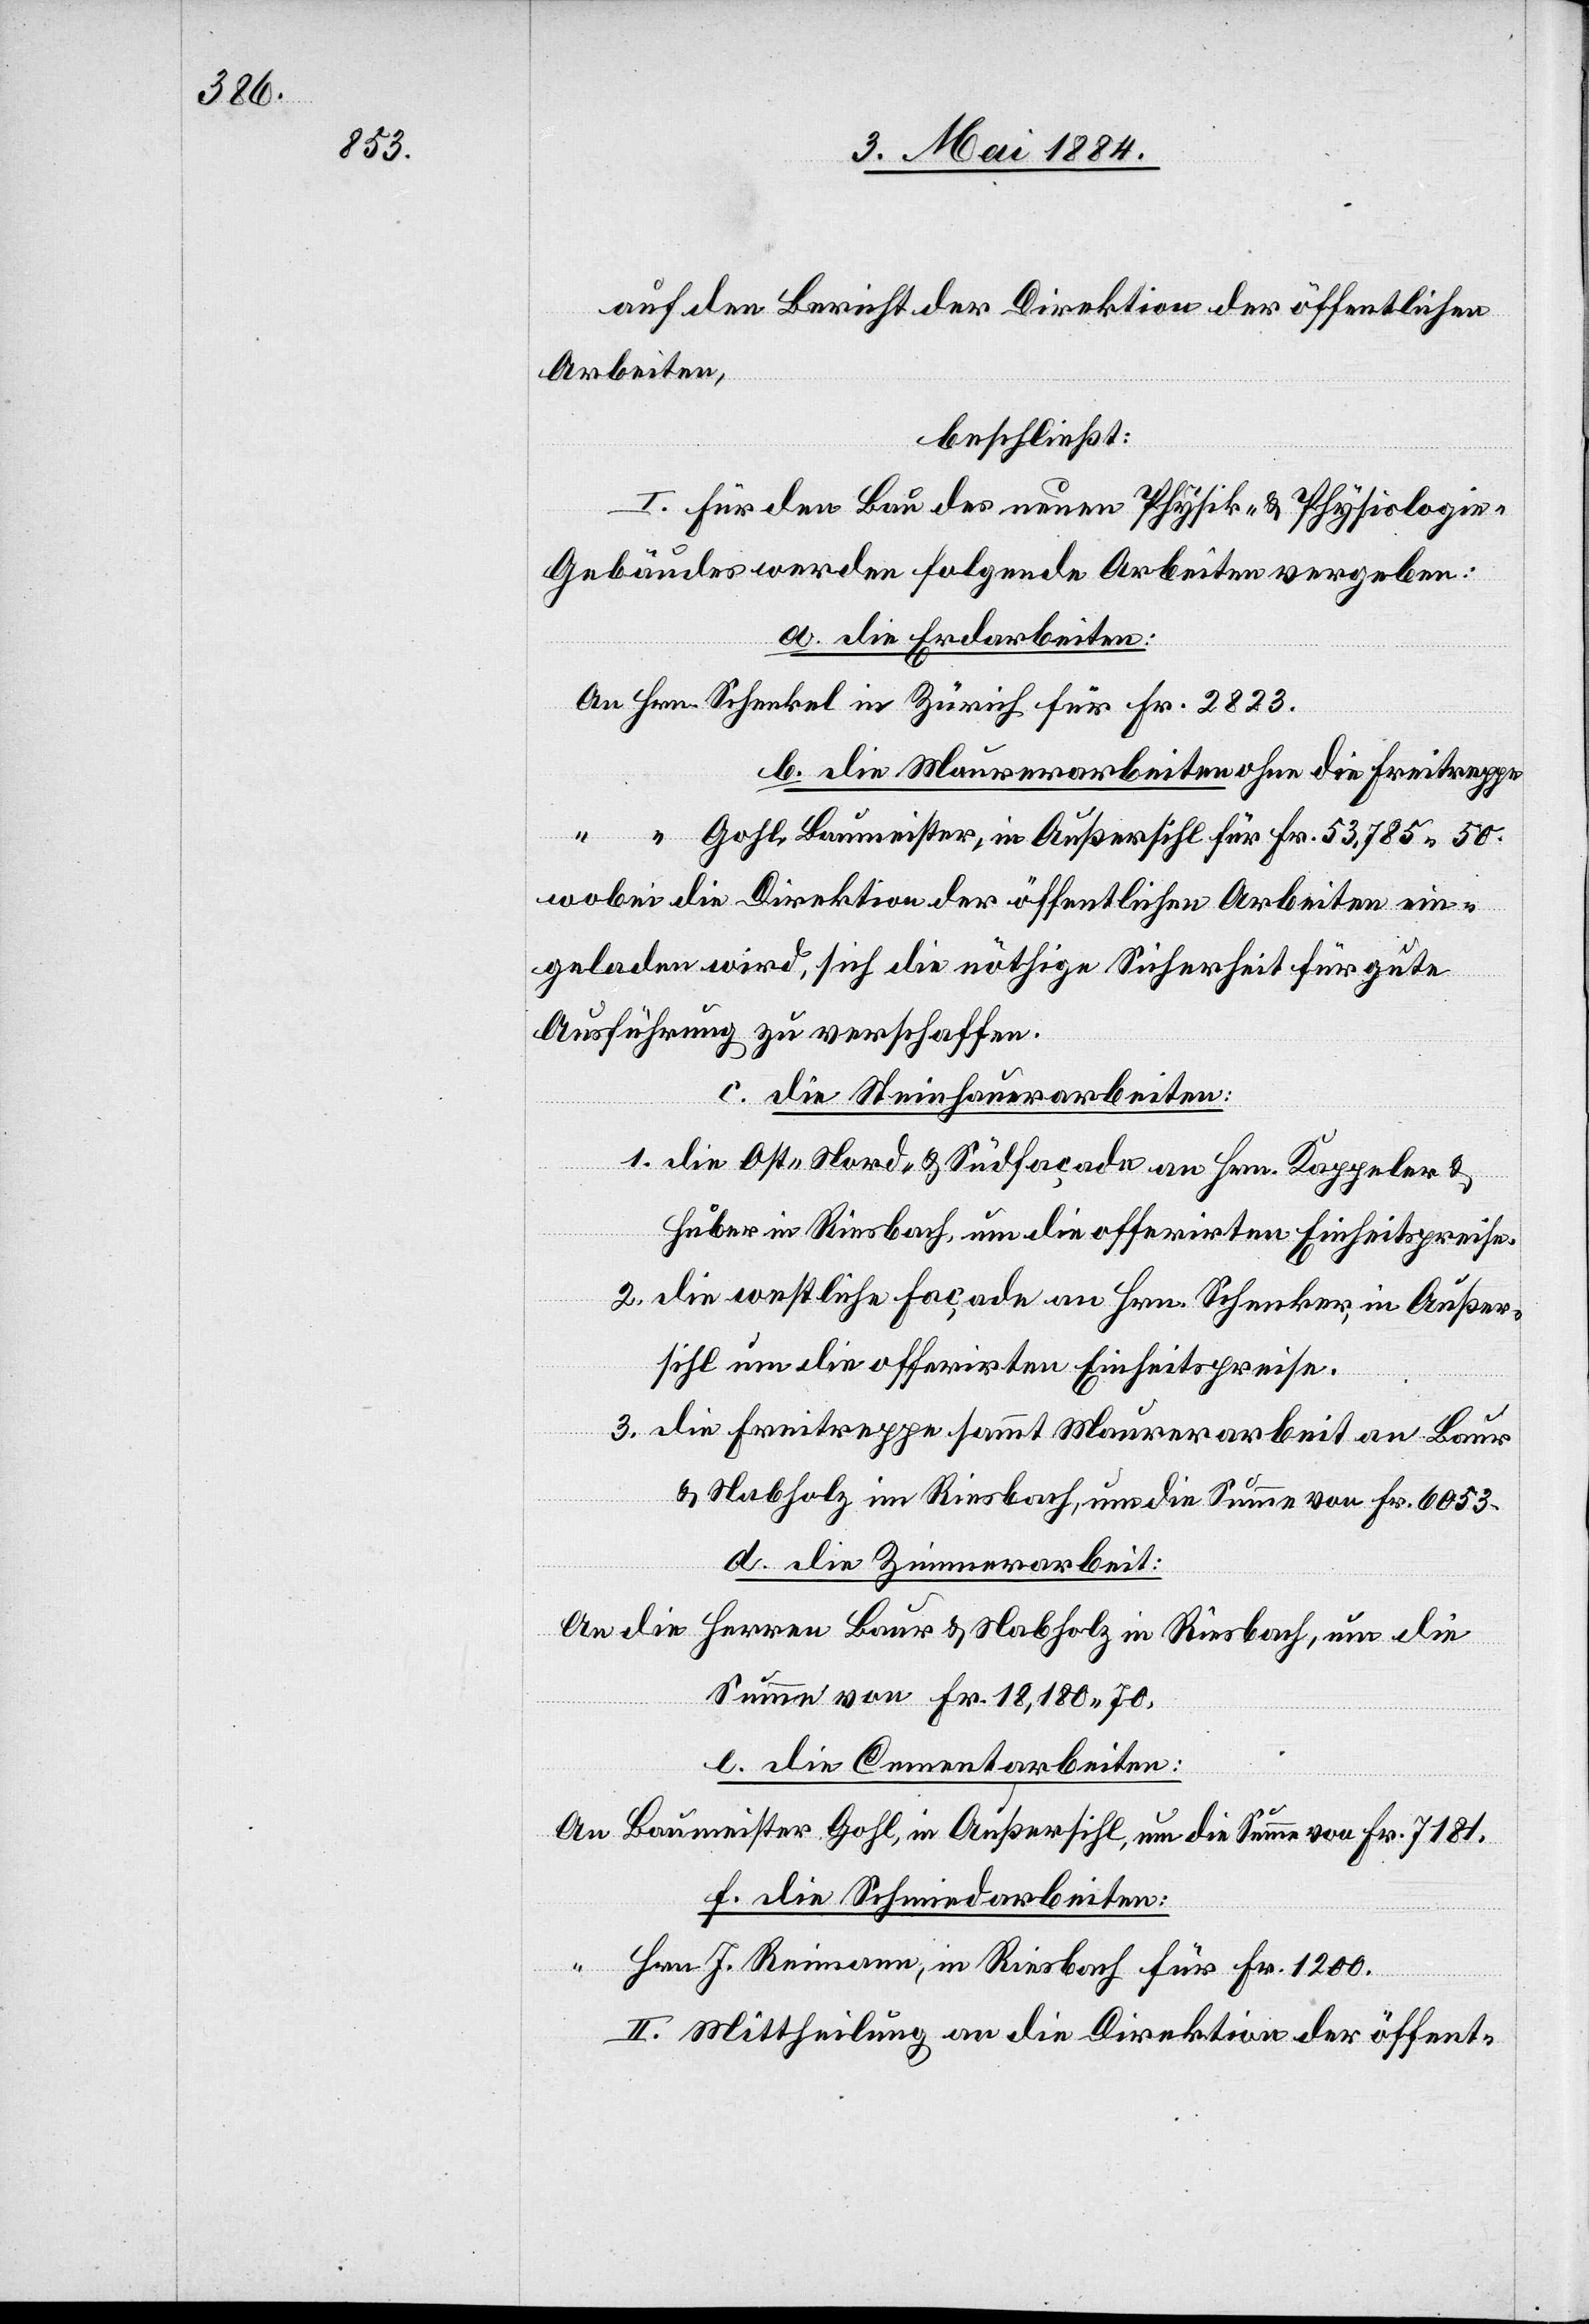
2823.

auf den Bericht der Direktion der öffentlichen
Arbeiten,
beschließt:
I. Für den Bau des neuen Physik- & Physiologi¬
e-Gebäudes werden folgende Arbeiten vergeben:
a. die Erdarbeiten:
b. die Maurerarbeiten ohne die Freitreppe
Gohl, Baumeister, in Außersihl für Fr. 53,785 50.
wobei die Direktion der öffentlichen Arbeiten ein¬
geladen wird, sich die nöthige Sicherheit für gute
Ausführung zu verschaffen.
c. die Steinhauerarbeiten:
Hrn.
1. die Ost- Nord- & Südfaçade an Hrn. Kappeler &
Huber in Riesbach, um die offerirten Einheitspreise.
2. die westliche Façade an Hrn. Schenker, in Außer¬
sihl um die offerirten Einheitspreise.
3. die Freitreppe sammt Maurerarbeit an Baur
& Nabholz in Riesbach, um die Summe von Fr. 6053.
d. die Zimmerarbeit:
An die Herren Baur & Nabholz in Riesbach, um die
Summe von Fr. 18,180 70.
e. die Cementarbeiten:
in Zürich für Fr.
An Baumeister Gohl, in Außersihl, um die Summe von Fr. 7181.
f. die Schmidarbeiten:
Schenkel
Hrn. J. Reimann, in Riesbach für Fr. 1200.
II. Mittheilung an die Direktion der öffent-